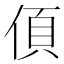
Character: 㑯